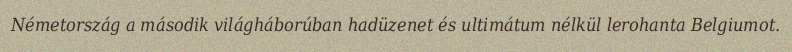
Németország a második világháborúban hadüzenet és ultimátum nélkül lerohanta Belgiumot.